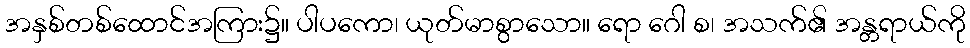
အနှစ်တစ်ထောင်အကြား၌။ ပါပကော၊ ယုတ်မာစွာသော။ ရော ဂေါ စ၊ အသက်၏ အန္တရာယ်ကို